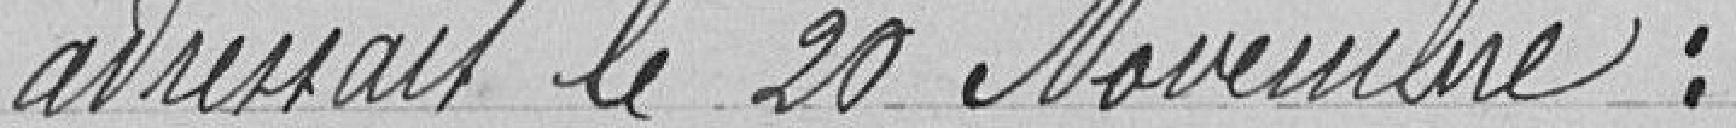
adressait le 20 novembre: